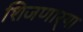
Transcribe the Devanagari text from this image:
शिजणार्‍या